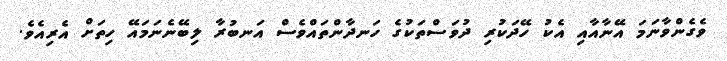
ވެގެންވާނަމަ އޭނާއާއި އެކު ހޭދަކުރި ދުވަސްތަކުގެ ހަނދާންތައްވެސް އަނބުރާ ލިބޭނެނަމައޭ ހިތަށް އެރިއެވެ.